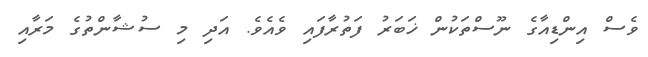
ވެސް އިންޑިއާގެ ނޫސްތަކުން ޚަބަރު ފަތުރާފައި ވެއެވެ. އަދި މި ސުޝާންތުގެ މަރާއި